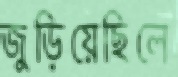
জুড়িয়েছিলে